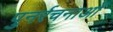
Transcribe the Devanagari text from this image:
पुनर्रचनाओं